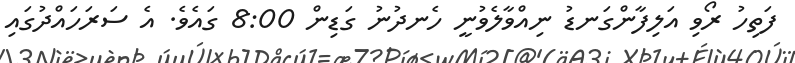
ފަތިހު ރޯވި އަލިފާންގަނޑު ނިއްވާލެވުނީ ހެނދުނު ގަޑިން 8:00 ގައެވެ. އެ ސަރަހައްދުގައި